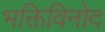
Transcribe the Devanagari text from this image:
भक्तिविनोद